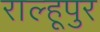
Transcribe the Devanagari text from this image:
राल्हूपुर